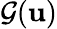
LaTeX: {\cal G}({\mathbf u})